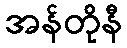
အန်တိုနီ